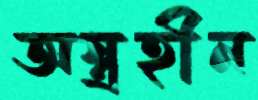
অস্ত্রহীন